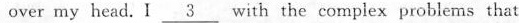
over my head.I \underline{3} with the complex problems that